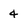
Character: 4